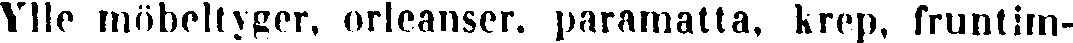
Ylle möbeltyger, orleanser. paramatta, krep, fruntim-